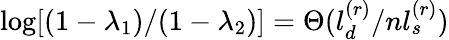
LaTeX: \log[(1-\lambda_{1})/(1-\lambda_{2})]=\Theta(l_{d}^{(r)}/nl_{s}^{(r)})